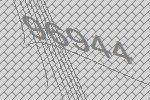
96944